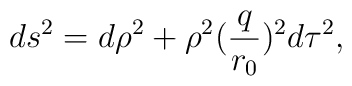
ds^2 = d\rho^2 + \rho^2 (\frac{q}{r_{0}})^2 d\tau^2,